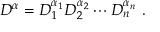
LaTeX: D ^ { \alpha } = D _ { 1 } ^ { \alpha _ { 1 } } D _ { 2 } ^ { \alpha _ { 2 } } \cdots D _ { n } ^ { \alpha _ { n } } \ .